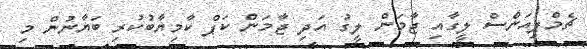
ޗެމްޕިއަންސް ލީގާއި ޖާމަން ލީގު އަދި ޖާމަން ކަޕް ކާމިޔާބުކުރި ބަޔާނުން މި